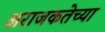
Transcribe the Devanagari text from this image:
अराजकतेच्या